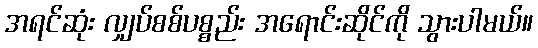
အရင်ဆုံး လျှပ်စစ်ပစ္စည်း အရောင်းဆိုင်ကို သွားပါမယ်။